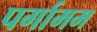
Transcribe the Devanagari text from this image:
पर्गामम